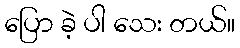
ပြော ခဲ့ ပါ သေး တယ်။